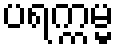
ပရက္ကမ္မ